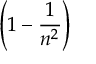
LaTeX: \left( 1 - { \frac { 1 } { n ^ { 2 } } } \right)